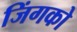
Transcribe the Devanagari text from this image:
जिंगको